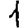
Digit: 1